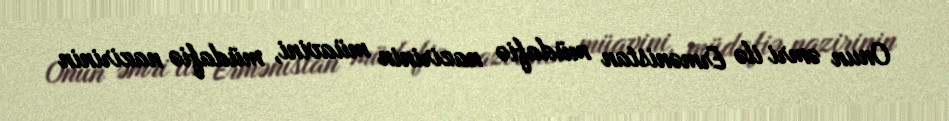
Onun əmri ilə Ermənistan müdafiə nazirinin müavini, müdafiə nazirinin